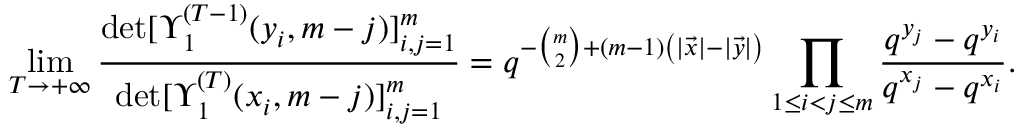
\operatorname* { l i m } _ { T \to + \infty } \frac { \operatorname* { d e t } [ \Upsilon _ { 1 } ^ { ( T - 1 ) } ( y _ { i } , m - j ) ] _ { i , j = 1 } ^ { m } } { \operatorname* { d e t } [ \Upsilon _ { 1 } ^ { ( T ) } ( x _ { i } , m - j ) ] _ { i , j = 1 } ^ { m } } = q ^ { - \binom m 2 + ( m - 1 ) \left( | \vec { x } | - | \vec { y } | \right) } \prod _ { 1 \le i < j \le m } \frac { q ^ { y _ { j } } - q ^ { y _ { i } } } { q ^ { x _ { j } } - q ^ { x _ { i } } } .